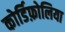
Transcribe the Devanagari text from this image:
कोर्डिफ़ोलिया